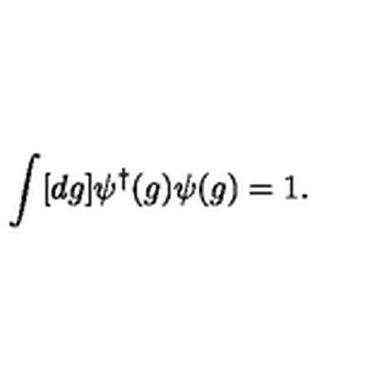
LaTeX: \int [ d g ] \psi ^ { \dagger } ( g ) \psi ( g ) = 1 .